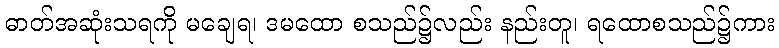
ဓာတ်အဆုံးသရကို မချေရ၊ ဒမထော စသည်၌လည်း နည်းတူ၊ ရထောစသည်၌ကား